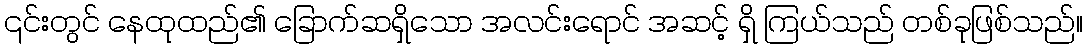
၎င်းတွင် နေထုထည်၏ ခြောက်ဆရှိသော အလင်းရောင် အဆင့် ရှိ ကြယ်သည် တစ်ခုဖြစ်သည်။